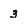
Character: 3